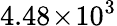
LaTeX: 4.48\! \times\! 10^{3}